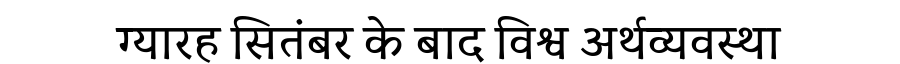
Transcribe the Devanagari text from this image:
ग्यारह सितंबर के बाद विश्व अर्थव्यवस्था